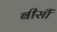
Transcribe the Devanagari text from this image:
बीसौं